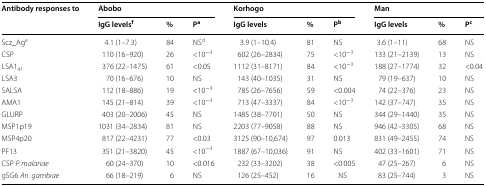
<table><thead><tr><td rowspan="2"><b>Antibody responses to</b></td><td colspan="3"><b>Abobo</b></td><td colspan="3"><b>Korhogo</b></td><td colspan="3"><b>Man</b></td></tr><tr><td><b>IgG levels<sup>f</sup></b></td><td><b>%</b></td><td><b>P<sup>a</sup></b></td><td><b>IgG levels</b></td><td><b>%</b></td><td><b>P<sup>b</sup></b></td><td><b>IgG levels</b></td><td><b>%</b></td><td><b>P<sup>c</sup></b></td></tr></thead><tbody><tr><td>Scz_Ag<sup>e</sup></td><td>4.1 (1–7.3)</td><td>84</td><td>NS<sup>d</sup></td><td>3.9 (1–10.4)</td><td>81</td><td>NS</td><td>3.6 (1–11)</td><td>68</td><td>NS</td></tr><tr><td>CSP</td><td>110 (16–920)</td><td>26</td><td>&lt;10<sup>−3</sup></td><td>602 (26–2834)</td><td>75</td><td>&lt;10<sup>−3</sup></td><td>133 (21–2139)</td><td>13</td><td>NS</td></tr><tr><td>LSA1<sub>41</sub></td><td>376 (22–1475)</td><td>61</td><td>&lt;0.05</td><td>1112 (31–8171)</td><td>84</td><td>&lt;10<sup>−3</sup></td><td>188 (27–1774)</td><td>32</td><td>&lt;0.04</td></tr><tr><td>LSA3</td><td>70 (16–676)</td><td>10</td><td>NS</td><td>143 (40–1035)</td><td>31</td><td>NS</td><td>79 (19–637)</td><td>10</td><td>NS</td></tr><tr><td>SALSA</td><td>112 (18–886)</td><td>19</td><td>&lt;10<sup>−3</sup></td><td>785 (26–7656)</td><td>59</td><td>&lt;0.004</td><td>74 (22–376)</td><td>23</td><td>NS</td></tr><tr><td>AMA1</td><td>145 (21–814)</td><td>39</td><td>&lt;10<sup>−3</sup></td><td>713 (47–3337)</td><td>84</td><td>&lt;10<sup>−3</sup></td><td>142 (37–747)</td><td>35</td><td>NS</td></tr><tr><td>GLURP</td><td>403 (20–2006)</td><td>45</td><td>NS</td><td>1485 (38–7701)</td><td>50</td><td>NS</td><td>344 (29–1440)</td><td>35</td><td>NS</td></tr><tr><td>MSP1p19</td><td>1031 (34–2834)</td><td>81</td><td>NS</td><td>2203 (77–9058)</td><td>88</td><td>NS</td><td>946 (42–3305)</td><td>68</td><td>NS</td></tr><tr><td>MSP4p20</td><td>817 (22–4231)</td><td>77</td><td>&lt;0.03</td><td>3125 (90–10,674)</td><td>97</td><td>0.013</td><td>831 (49–2455)</td><td>74</td><td>NS</td></tr><tr><td>PF13</td><td>351 (21–3820)</td><td>45</td><td>&lt;10<sup>−3</sup></td><td>1887 (67–10,036)</td><td>91</td><td>NS</td><td>402 (33–1601)</td><td>71</td><td>NS</td></tr><tr><td>CSP <i>P. malariae</i></td><td>60 (24–370)</td><td>10</td><td>&lt;0.016</td><td>232 (33–3202)</td><td>38</td><td>&lt;0.005</td><td>47 (25–267)</td><td>6</td><td>NS</td></tr><tr><td>gSG6 <i>An. gambiae</i></td><td>66 (18–219)</td><td>6</td><td>NS</td><td>126 (25–452)</td><td>16</td><td> NS</td><td>83 (25–744)</td><td>3</td><td>NS</td></tr></tbody></table>